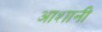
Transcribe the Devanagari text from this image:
आशानी